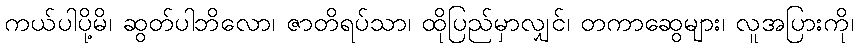
ကယ်ပါပို့မိ၊ ဆွတ်ပါဘိလော၊ ဇာတိရပ်သာ၊ ထိုပြည်မှာလျှင်၊ တကာဆွေများ၊ လူအပြားကို၊